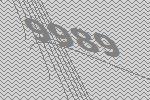
9989